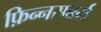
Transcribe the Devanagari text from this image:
फ़िन्नसबर्ग़